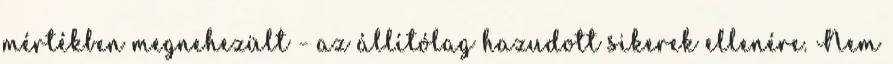
mértékben megnehezült - az állítólag hazudott sikerek ellenére. Nem